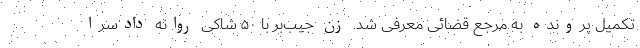
تکمیل پرونده به مرجع قضائی معرفی شد. زن جیب‌بر با ۵۰ شاکی روانه دادسرا